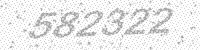
Solution: 582322